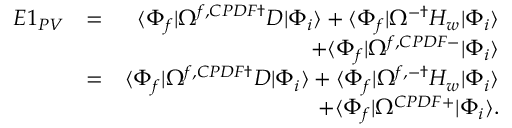
\begin{array} { r l r } { E 1 _ { P V } } & { = } & { \langle \Phi _ { f } | \Omega ^ { f , C P D F \dagger } D | \Phi _ { i } \rangle + \langle \Phi _ { f } | \Omega ^ { - \dagger } H _ { w } | \Phi _ { i } \rangle } \\ & { } & { + \langle \Phi _ { f } | \Omega ^ { f , C P D F - } | \Phi _ { i } \rangle } \\ & { = } & { \langle \Phi _ { f } | \Omega ^ { f , C P D F \dagger } D | \Phi _ { i } \rangle + \langle \Phi _ { f } | \Omega ^ { f , - \dagger } H _ { w } | \Phi _ { i } \rangle } \\ & { } & { + \langle \Phi _ { f } | \Omega ^ { C P D F + } | \Phi _ { i } \rangle . } \end{array}